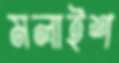
মলাইশ